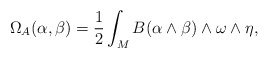
\begin{align*}\Omega_A( \alpha , \beta ) = \frac{1}{2} \int_M B( \alpha \wedge \beta ) \wedge \omega \wedge \eta,\end{align*}